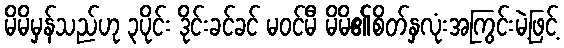
မိမိမှန်သည်ဟု ၃ပိုင်း ဒိုင်းခင်ခင် မဝင်မီ မိမိ၏စိတ်နှလုံးအကြွင်းမဲ့ဖြင့်